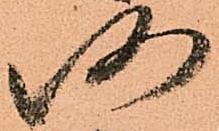
仍